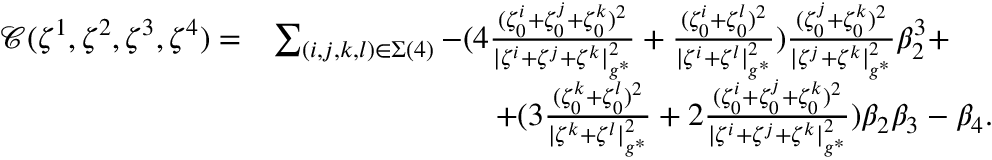
\begin{array} { r l } { \mathcal { C } ( \zeta ^ { 1 } , \zeta ^ { 2 } , \zeta ^ { 3 } , \zeta ^ { 4 } ) = } & { \sum _ { ( i , j , k , l ) \in \Sigma ( 4 ) } - ( 4 \frac { ( \zeta _ { 0 } ^ { i } + \zeta _ { 0 } ^ { j } + \zeta _ { 0 } ^ { k } ) ^ { 2 } } { | { \zeta ^ { i } } + { \zeta ^ { j } } + { \zeta ^ { k } } | _ { g ^ { * } } ^ { 2 } } + \frac { ( \zeta _ { 0 } ^ { i } + \zeta _ { 0 } ^ { l } ) ^ { 2 } } { | { \zeta ^ { i } } + { \zeta ^ { l } } | _ { g ^ { * } } ^ { 2 } } ) \frac { ( \zeta _ { 0 } ^ { j } + \zeta _ { 0 } ^ { k } ) ^ { 2 } } { | { \zeta ^ { j } } + { \zeta ^ { k } } | _ { g ^ { * } } ^ { 2 } } \beta _ { 2 } ^ { 3 } + } \\ & { \quad \quad \quad \quad \quad \quad \quad + ( 3 \frac { ( \zeta _ { 0 } ^ { k } + \zeta _ { 0 } ^ { l } ) ^ { 2 } } { | { \zeta ^ { k } } + { \zeta ^ { l } } | _ { g ^ { * } } ^ { 2 } } + 2 \frac { ( \zeta _ { 0 } ^ { i } + \zeta _ { 0 } ^ { j } + \zeta _ { 0 } ^ { k } ) ^ { 2 } } { | { \zeta ^ { i } } + { \zeta ^ { j } } + { \zeta ^ { k } } | _ { g ^ { * } } ^ { 2 } } ) \beta _ { 2 } \beta _ { 3 } - \beta _ { 4 } . } \end{array}